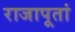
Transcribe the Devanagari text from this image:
राजापूतां